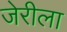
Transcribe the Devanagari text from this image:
जेरीला